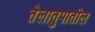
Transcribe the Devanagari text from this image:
तेलातुपातील